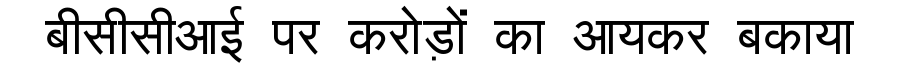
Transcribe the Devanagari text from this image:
बीसीसीआई पर करोड़ों का आयकर बकाया